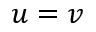
u = v